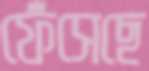
ফেঁসেছে